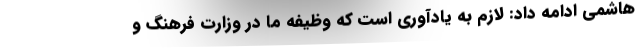
هاشمی ادامه داد: لازم به یادآوری است که وظیفه ما در وزارت فرهنگ و